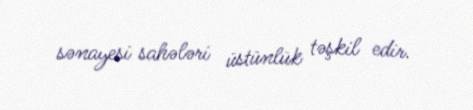
sənayesi sahələri üstünlük təşkil edir.